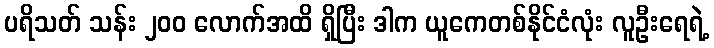
ပရိသတ် သန်း ၂၀၀ လောက်အထိ ရှိပြီး ဒါက ယူကေတစ်နိုင်ငံလုံး လူဦးရေရဲ့